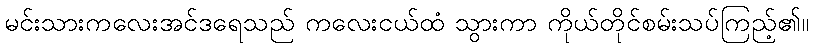
မင်းသားကလေးအင်ဒရေသည် ကလေးငယ်ထံ သွားကာ ကိုယ်တိုင်စမ်းသပ်ကြည့်၏။